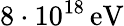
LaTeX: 8\cdot 10^{18}\, \mathrm{eV}